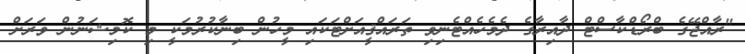
"ރާއްޖޭގެ ބްރޯޑްކާސްޓް ދާއިރާގެ ދެމެހެއްޓެނިވި ތަރައްޤީއަށްޓަކައި މީހުން ބިނާކުރުމަކީ މި ކޮމިޝަނުން ވަރަށް